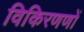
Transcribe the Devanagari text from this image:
विकिरणणों